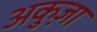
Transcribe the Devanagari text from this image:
अकुज़ा